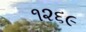
૧૨૬૯